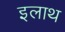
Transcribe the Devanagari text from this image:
इलाथ